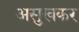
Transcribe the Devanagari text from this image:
असुखकर